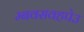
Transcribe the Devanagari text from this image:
म्बवसवहपेउ